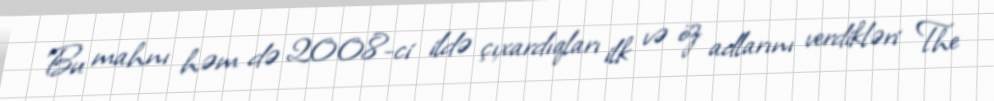
Bu mahnı həm də 2008-ci ildə çıxardıqları ilk və öz adlarını verdikləri The